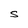
Character: S